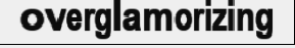
overglamorizing